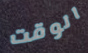
الوقت